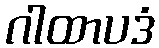
ဂါထာပဒံ